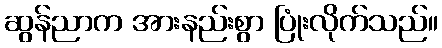
ဆွန်ညာက အားနည်းစွာ ပြုံးလိုက်သည်။